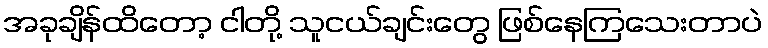
အခုချိန်ထိတော့ ငါတို့ သူငယ်ချင်းတွေ ဖြစ်နေကြသေးတာပဲ